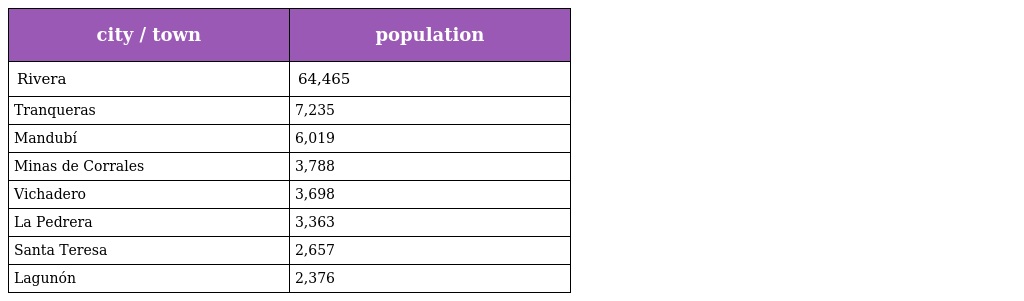
| city / town | population |
 | --- | --- |
 | Rivera | 64,465 |
 | Tranqueras | 7,235 |
 | Mandubí | 6,019 |
 | Minas de Corrales | 3,788 |
 | Vichadero | 3,698 |
 | La Pedrera | 3,363 |
 | Santa Teresa | 2,657 |
 | Lagunón | 2,376 |